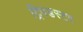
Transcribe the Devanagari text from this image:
ट्रिपडस्टर